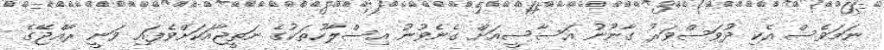
ނަމަވެސް އެކި ދުވަސްވަރު ގާނޫނު އަސާސީއަށް ގެނެވުނު އިސްލާހުތަކުގެ ނަތީޖާއަކަށްވެފައި ވަނީ ރާއްޖޭގެ